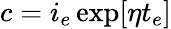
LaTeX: c=i_{e}\exp[\eta t_{e}]